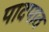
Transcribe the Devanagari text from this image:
पादपाठ